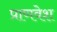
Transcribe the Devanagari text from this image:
प्राणवेश